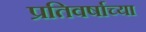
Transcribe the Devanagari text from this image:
प्रतिवर्षाच्या